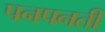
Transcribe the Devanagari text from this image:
पनपनती